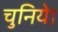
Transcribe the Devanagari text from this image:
चुनिये।